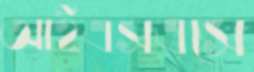
আইএসএসে